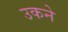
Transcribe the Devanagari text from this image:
उकने